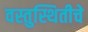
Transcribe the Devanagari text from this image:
वस्तुस्थितीचे